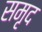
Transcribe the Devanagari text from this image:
समृद